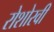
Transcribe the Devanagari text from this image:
रोशोरवी